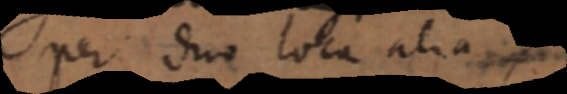
per duo loca alia